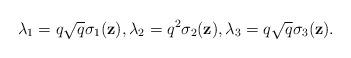
LaTeX: \begin{align*}\lambda_1=q\sqrt{q}\sigma_1(\textbf{z}),\lambda_2=q^2\sigma_2(\textbf{z}),\lambda_3=q\sqrt{q}\sigma_3(\textbf{z}).\end{align*}